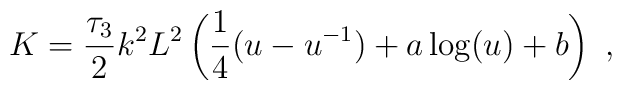
K = {\tau_3 \over 2} k^2 L^2 \left({1 \over 4} (u - u^{-1}) + a \log(u) + b \right)\ ,